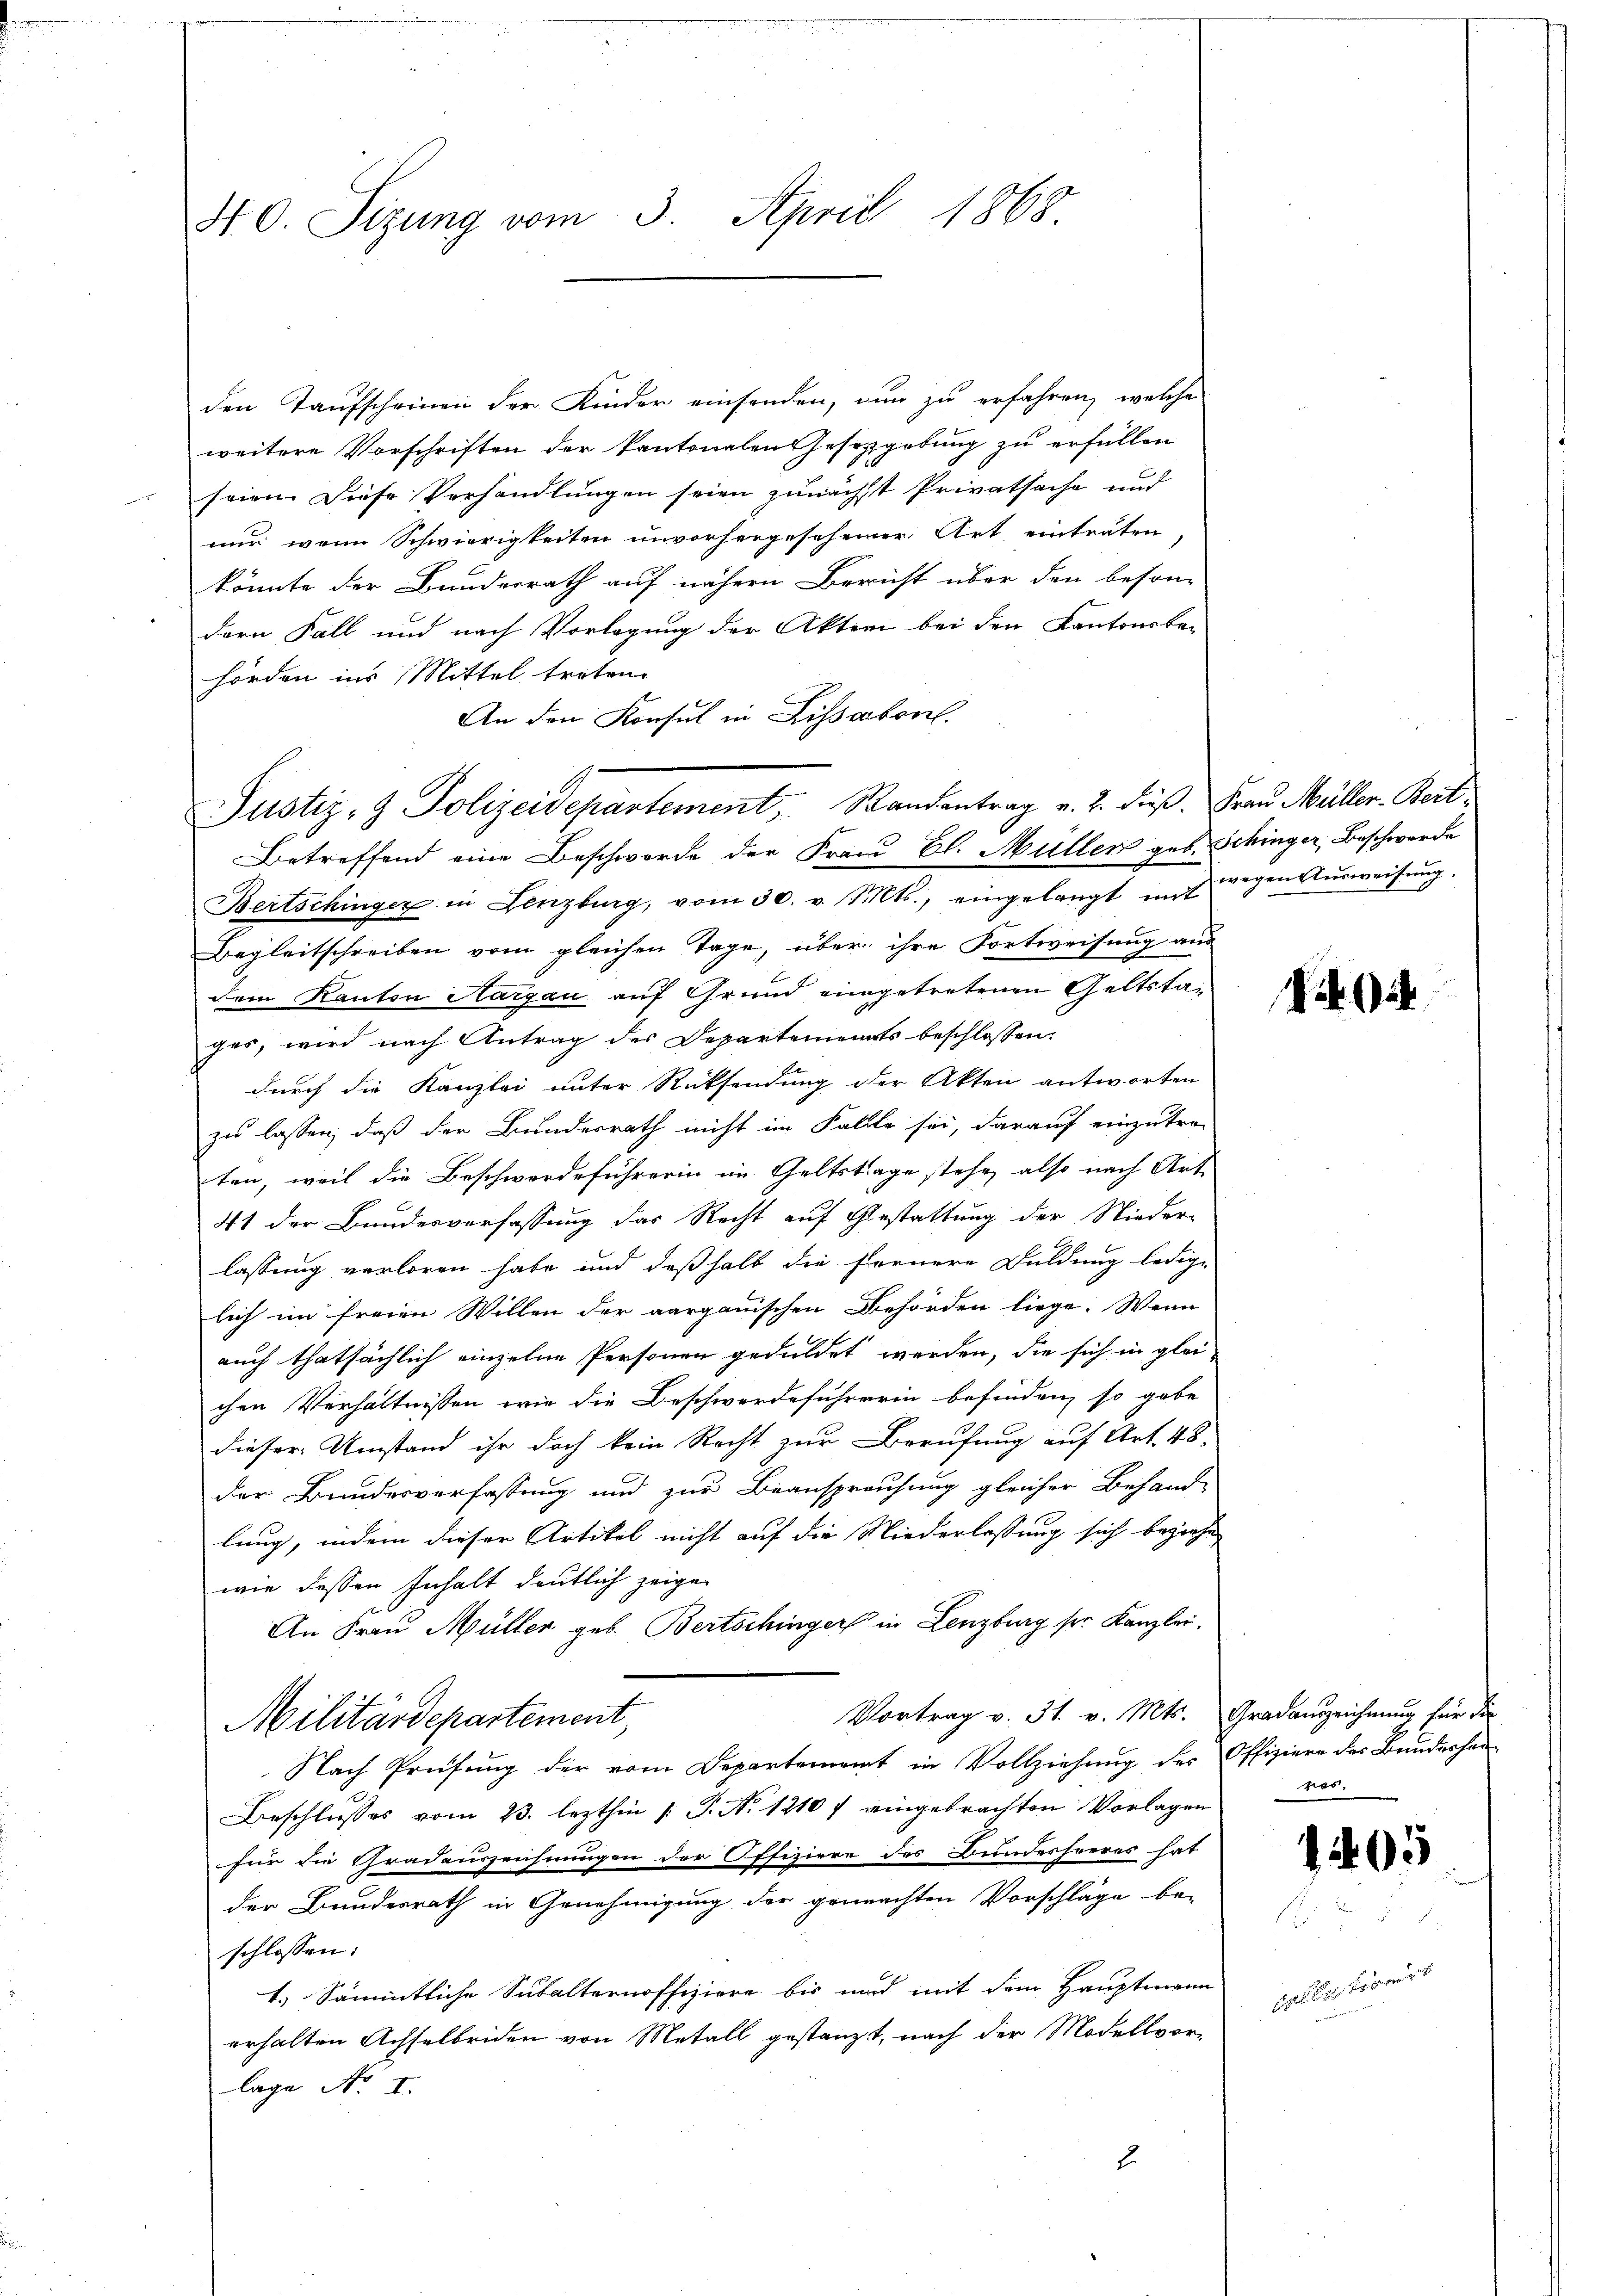
40. Sizung vom 3. April 1868

den Taufscheinen der Kinder einsenden, nun zu erfahren, welche
weitere Vorschriften der kantonalen Gesetzgebung zu erfüllen
seien. Diese Verhandlungen seien zunächst Privatsache und
nur, wenn Schwierigkeiten unvorhergescheiner Art einträten
könnte der Bunderrath auf nähern Bericht über den beson-
dern Fall und nach Vorlegung der Akten bei den Kantonsbe-
hörden ins Mittel treten.
An den Konsul in Lissabon.
Betreffend eine Beschwerde der Frau Bl. Müller geb. Schinger, Beschwerde
Bertschinger in Lenzburg, vom 30. v. Mts., eingelangt mit wegen Aŭsweisŭng.
Begleitschreiben vom gleichen Tage, über ihre Fortweisung aus
dem Kanton Aargau auf Grund eingetretenen Geltstages, wird nach Antrag der Departements beschlossen:
durch die Kanzlei unter Rücksendung der Akten antworten
zu lassen, daß der Bundesrath nicht im Falle sei, darauf einzutre-
ten, weil die Beschwerdeführerin im Geltstage stehe, also nach Art
41 der Bundesverfassung das Recht auf Gestattung der Nieder-
lassung verloren habe und deßhalb die fernere Duldung ledige
lich im freien Willen der aargauischen Behörden liege. Wenn
auch thatsächlich einzelne Personen geduldet werden, die sich in glei-
chen Verhältnissen wie die Beschwerdeführerin befinden, so gabe
dieser Umstand ihr doch kein Recht zur Berufung auf Art. 48.
der Bundesverfassung und zur Beansprauchung gleicher Behand-
lung, indem dieser Artikel nicht auf die Niederlassung sich beziehe
wie dessen Inhalt deutlich zeige
An Frau Müller geb. Bertschinger in Lenzburg sie Kanzlei.
Vortrag v. 31. v. Mts.
Militärdepartement,
Nach Prüfung der vom Departement in Vollziehung der
Beschlusses vom 23. lezthin 1. P. No. 1210 f eingebrachten Vorlagen
für die Gradauszeichnungen der Offiziere des Bundesheeres hat
der Bundesrath in Genehmigung der gemachten Vorschläge be-
schlossen:
1.) Sämmtliche Subalternoffiziere bis und mit dem Hauptmann
erhalten Achselbeiden von Metall gestanzt, nach der Modellvor-
lage No I.
2.

Justiz- & Polizeidepartement, Standentrag v. 2. dieß. Frau Müller-Bert¬

Gradauszeichnung für die
Offiziere der Bundeshau
ras.

Gle

205

H Pro